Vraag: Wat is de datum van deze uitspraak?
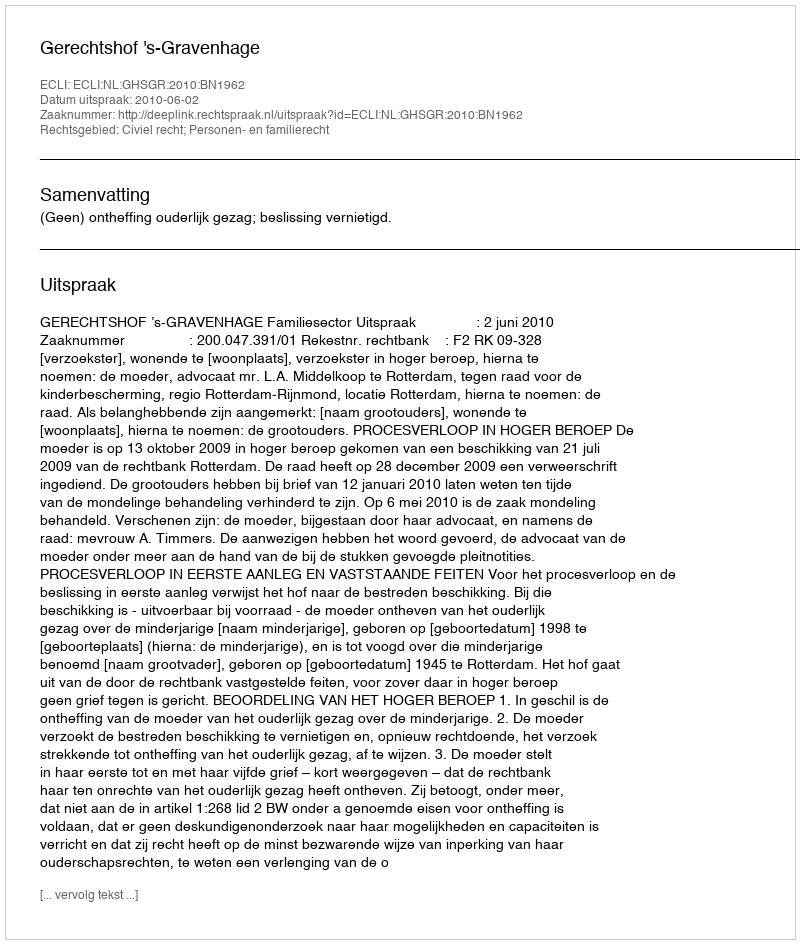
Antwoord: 2010-06-02